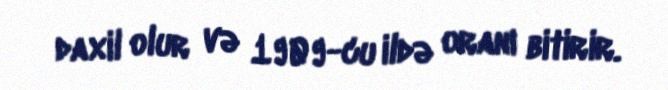
daxil olur və 1909-cu ildə oranı bitirir.